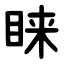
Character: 睐